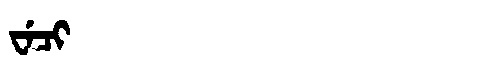
Manchu: ᠸᡝᠴᡳ
Romanization: WECI